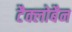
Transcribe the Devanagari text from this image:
टैक्लोबैन